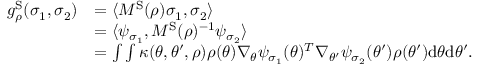
\begin{array} { r l } { g _ { \rho } ^ { \mathrm { S } } ( \sigma _ { 1 } , \sigma _ { 2 } ) } & { = \langle M ^ { \mathrm { S } } ( \rho ) \sigma _ { 1 } , \sigma _ { 2 } \rangle } \\ & { = \langle \psi _ { \sigma _ { 1 } } , M ^ { \mathrm { S } } ( \rho ) ^ { - 1 } \psi _ { \sigma _ { 2 } } \rangle } \\ & { = \int \int \kappa ( \theta , \theta ^ { \prime } , \rho ) \rho ( \theta ) \nabla _ { \theta } \psi _ { \sigma _ { 1 } } ( \theta ) ^ { T } \nabla _ { \theta ^ { \prime } } \psi _ { \sigma _ { 2 } } ( \theta ^ { \prime } ) \rho ( \theta ^ { \prime } ) \mathrm { d } \theta \mathrm { d } \theta ^ { \prime } . } \end{array}